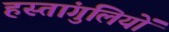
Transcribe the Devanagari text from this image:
हस्तांगुलियों